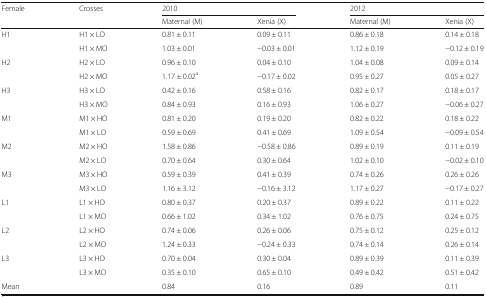
<table><thead><tr><td><b>Female</b></td><td><b>Crosses</b></td><td colspan="2"><b>2010</b></td><td colspan="2"><b>2012</b></td></tr><tr><td></td><td></td><td><b>Maternal (M)</b></td><td><b>Xenia (X)</b></td><td><b>Maternal (M)</b></td><td><b>Xenia (X)</b></td></tr></thead><tbody><tr><td>H1</td><td>H1 × LO</td><td>0.81 ± 0.11</td><td>0.09 ± 0.11</td><td>0.86 ± 0.18</td><td>0.14 ± 0.18</td></tr><tr><td></td><td>H1 × MO</td><td>1.03 ± 0.01</td><td>−0.03 ± 0.01</td><td>1.12 ± 0.19</td><td>−0.12 ± 0.19</td></tr><tr><td>H2</td><td>H2 × LO</td><td>0.96 ± 0.10</td><td>0.04 ± 0.10</td><td>1.04 ± 0.08</td><td>0.09 ± 0.14</td></tr><tr><td></td><td>H2 × MO</td><td>1.17 ± 0.02<sup>a</sup></td><td>−0.17 ± 0.02</td><td>0.95 ± 0.27</td><td>0.05 ± 0.27</td></tr><tr><td>H3</td><td>H3 × LO</td><td>0.42 ± 0.16</td><td>0.58 ± 0.16</td><td>0.82 ± 0.17</td><td>0.18 ± 0.17</td></tr><tr><td></td><td>H3 × MO</td><td>0.84 ± 0.93</td><td>0.16 ± 0.93</td><td>1.06 ± 0.27</td><td>−0.06 ± 0.27</td></tr><tr><td>M1</td><td>M1 × HO</td><td>0.81 ± 0.20</td><td>0.19 ± 0.20</td><td>0.82 ± 0.22</td><td>0.18 ± 0.22</td></tr><tr><td></td><td>M1 × LO</td><td>0.59 ± 0.69</td><td>0.41 ± 0.69</td><td>1.09 ± 0.54</td><td>−0.09 ± 0.54</td></tr><tr><td>M2</td><td>M2 × HO</td><td>1.58 ± 0.86</td><td>−0.58 ± 0.86</td><td>0.89 ± 0.19</td><td>0.11 ± 0.19</td></tr><tr><td></td><td>M2 × LO</td><td>0.70 ± 0.64</td><td>0.30 ± 0.64</td><td>1.02 ± 0.10</td><td>−0.02 ± 0.10</td></tr><tr><td>M3</td><td>M3 × HO</td><td>0.59 ± 0.39</td><td>0.41 ± 0.39</td><td>0.74 ± 0.26</td><td>0.26 ± 0.26</td></tr><tr><td></td><td>M3 × LO</td><td>1.16 ± 3.12</td><td>−0.16 ± 3.12</td><td>1.17 ± 0.27</td><td>−0.17 ± 0.27</td></tr><tr><td>L1</td><td>L1 × HO</td><td>0.80 ± 0.37</td><td>0.20 ± 0.37</td><td>0.89 ± 0.22</td><td>0.11 ± 0.22</td></tr><tr><td></td><td>L1 × MO</td><td>0.66 ± 1.02</td><td>0.34 ± 1.02</td><td>0.76 ± 0.75</td><td>0.24 ± 0.75</td></tr><tr><td>L2</td><td>L2 × HO</td><td>0.74 ± 0.06</td><td>0.26 ± 0.06</td><td>0.75 ± 0.12</td><td>0.25 ± 0.12</td></tr><tr><td></td><td>L2 × MO</td><td>1.24 ± 0.33</td><td>−0.24 ± 0.33</td><td>0.74 ± 0.14</td><td>0.26 ± 0.14</td></tr><tr><td>L3</td><td>L3 × HO</td><td>0.70 ± 0.04</td><td>0.30 ± 0.04</td><td>0.89 ± 0.39</td><td>0.11 ± 0.39</td></tr><tr><td></td><td>L3 × MO</td><td>0.35 ± 0.10</td><td>0.65 ± 0.10</td><td>0.49 ± 0.42</td><td>0.51 ± 0.42</td></tr><tr><td>Mean</td><td></td><td>0.84</td><td>0.16</td><td>0.89</td><td>0.11</td></tr></tbody></table>